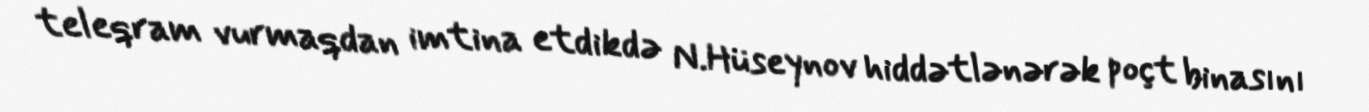
teleqram vurmaqdan imtina etdikdə N.Hüseynov hiddətlənərək poçt binasını